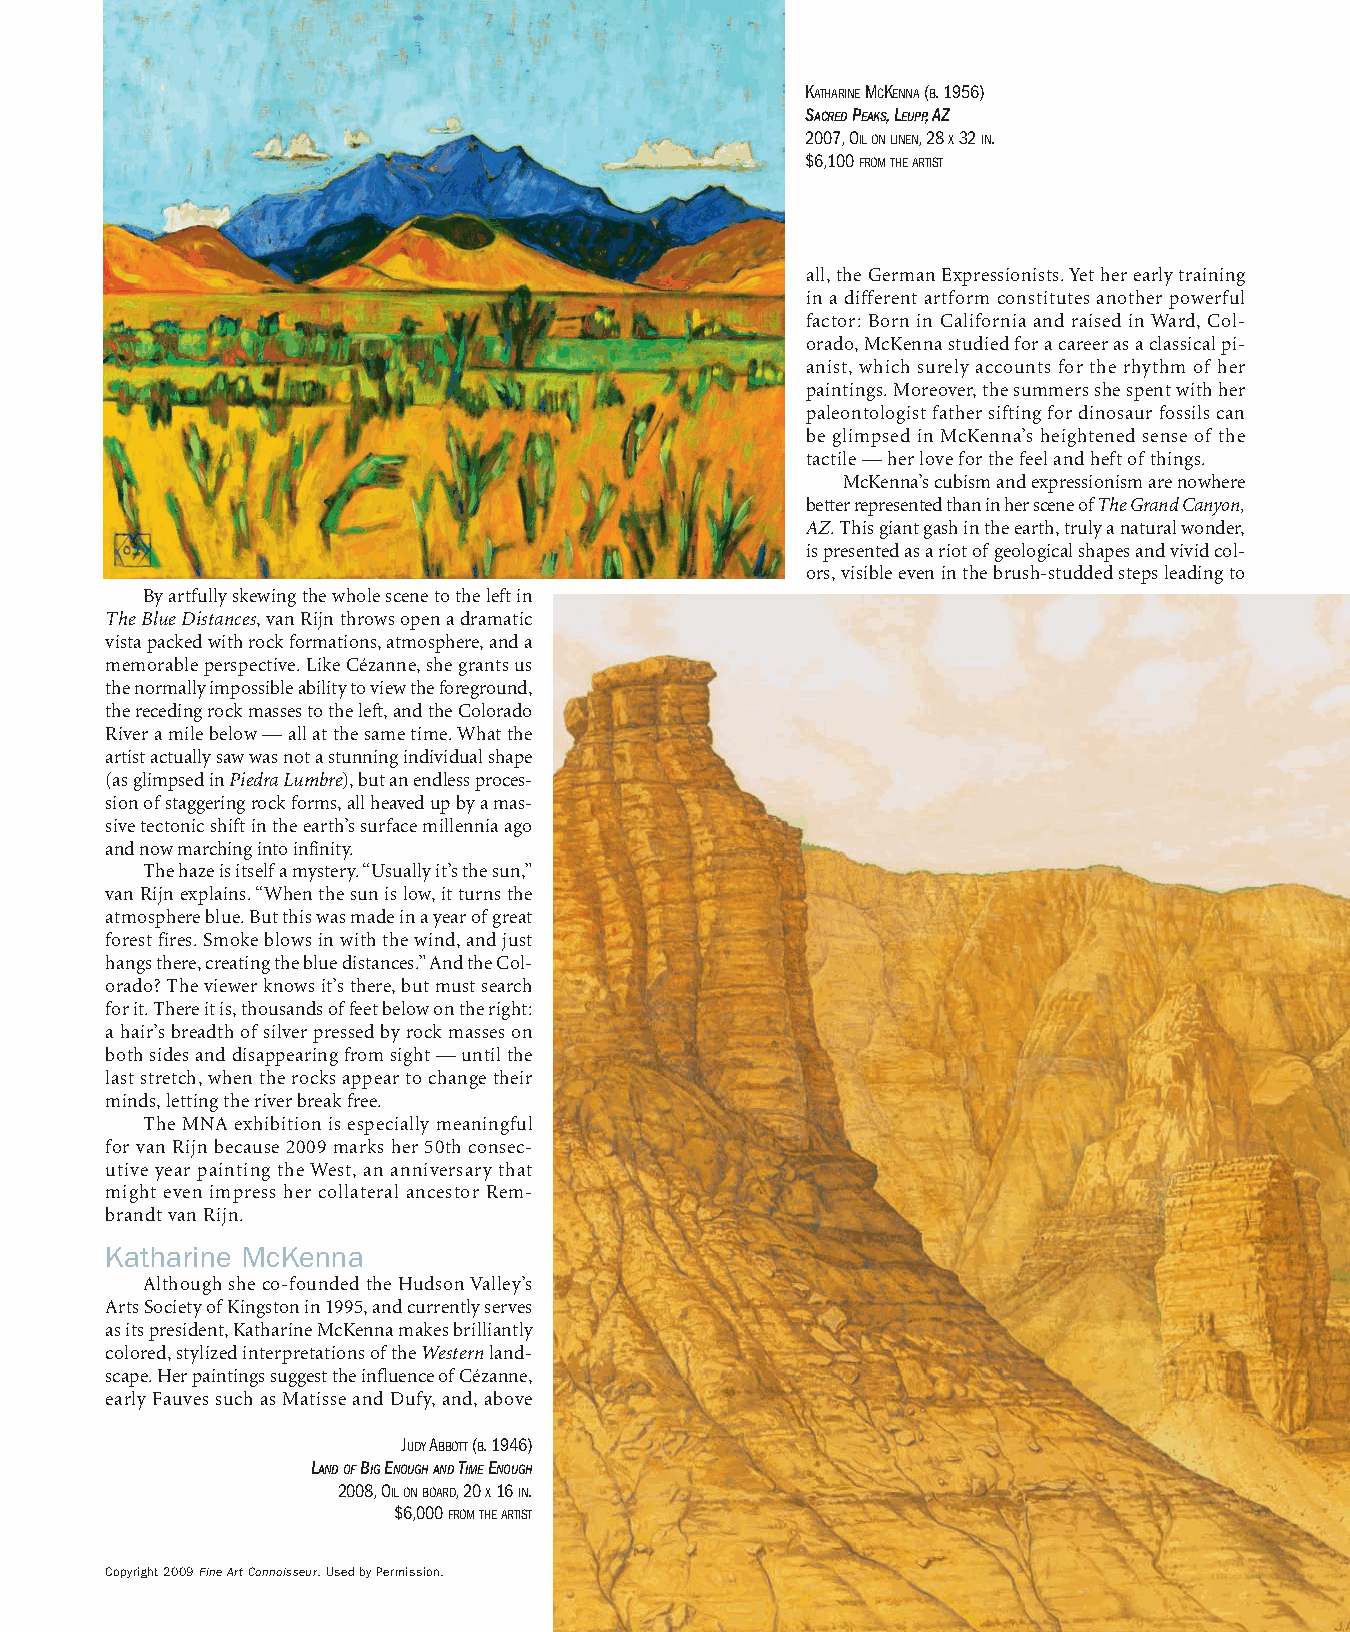
KATHARINEMCKENNA(B. 1956)
 SACREDPEAKS, LEUPP, AZ
 2007, OILONLINEN, 28 X32 IN.
 $6,100 FROMTHEARTIST
 all, the German Expressionists. Yet her early training
 in a different artform constitutes another powerful
 factor: Born in California and raised in Ward, Col-
 orado, McKenna studied for a career as a classical pi-
 anist, which surely accounts for the rhythm of her
 paintings. Moreover, the summers she spent with her
 paleontologist father sifting for dinosaur fossils can
 be glimpsed in McKenna’s heightened sense of the
 tactile — her love for the feel and heft of things.
 McKenna’s cubism and expressionism are nowhere
 better represented than in her scene of The Grand Canyon,
 AZ. This giant gash in the earth, truly a natural wonder,
 is presented as a riot of geological shapes and vivid col-
 ors, visible even in the brush-studded steps leading to
 By artfully skewing the whole scene to the left in
 The Blue Distances, van Rijn throws open a dramatic
 vista packed with rock formations, atmosphere, and a
 memorable perspective. Like Cézanne, she grants us
 the normally impossible ability to view the foreground,
 the receding rock masses to the left, and the Colorado
 River a mile below — all at the same time. What the
 artist actually saw was not a stunning individual shape
 (as glimpsed in Piedra Lumbre), but an endless proces-
 sion of staggering rock forms, all heaved up by a mas-
 sive tectonic shift in the earth’s surface millennia ago
 and now marching into infinity.
 The haze is itself a mystery. “Usually it’s the sun,”
 van Rijn explains. “When the sun is low, it turns the
 atmosphere blue. But this was made in a year of great
 forest fires. Smoke blows in with the wind, and just
 hangs there, creating the blue distances.” And the Col-
 orado? The viewer knows it’s there, but must search
 for it. There it is, thousands of feet below on the right:
 a hair’s breadth of silver pressed by rock masses on
 both sides and disappearing from sight — until the
 last stretch, when the rocks appear to change their
 minds, letting the river break free.
 The MNA exhibition is especially meaningful
 for van Rijn because 2009 marks her 50th consec-
 utive year painting the West, an anniversary that
 might even impress her collateral ancestor Rem-
 brandt van Rijn.
 Katharine McKenna
 Although she co-founded the Hudson Valley’s
 Arts Society of Kingston in 1995, and currently serves
 as its president, Katharine McKenna makes brilliantly
 colored, stylized interpretations of the Westernland-
 scape. Her paintings suggest the influence of Cézanne,
 early Fauves such as Matisse and Dufy, and, above
 JUDYABBOTT(B. 1946)
 LANDOFBIGENOUGHANDTIMEENOUGH
 2008, OILONBOARD, 20 X16 IN.
 $6,000 FROMTHEARTIST
 Copyright 2009 Fine Art Connoisseur. Used by Permission.